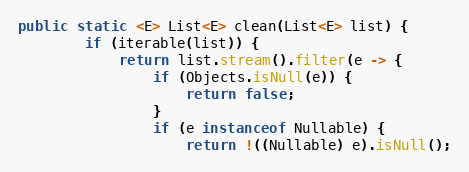
Language: Java
public static <E> List<E> clean(List<E> list) {
        if (iterable(list)) {
            return list.stream().filter(e -> {
                if (Objects.isNull(e)) {
                    return false;
                }
                if (e instanceof Nullable) {
                    return !((Nullable) e).isNull();